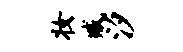
妆臧汐